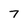
Character: 7